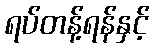
ရပ်တန့်ရန်နှင့်